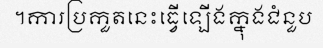
។ការប្រកួតនេះធ្វើឡើងក្នុងជំនួប